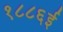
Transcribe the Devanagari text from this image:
१८८६ई